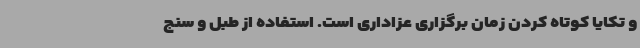
و تکایا کوتاه کردن زمان برگزاری عزاداری است. استفاده از طبل و سنج